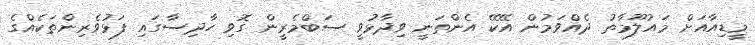
މީޑިއާއަށް މައުލޫމާތު ދެއްވަމުން އޭކޭ އެންތަނީ ވިދާޅުވީ ސަބްމެރީން ގޮވި ހާދިސާގައި ފަޅުވެރިންތަކެއްގެ